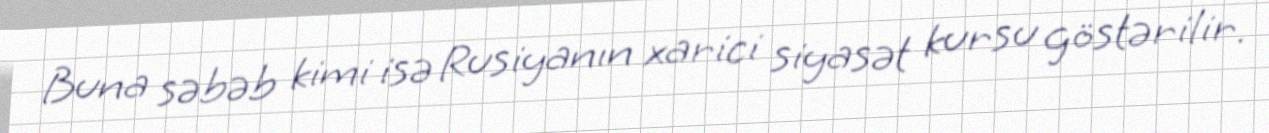
Buna səbəb kimi isə Rusiyanın xarici siyasət kursu göstərilir.